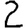
Digit: 2